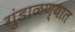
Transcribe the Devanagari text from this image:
गुंडाळण्यात